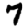
Digit: 7